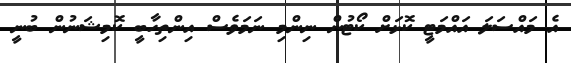
އެ މައްސަލަ އައްމަޓީ ކޮޅަށް ކޯޓުން ނިންމި ނަމަވެސް އިންތިހާބީ ކޮމިޝަނުން ބުނީ